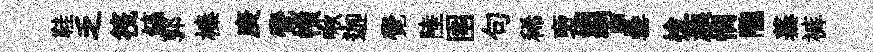
鞋乏筏鎬郭榛庚覺幘啾迦覺陸圉句稀褏姻習罍檜蔟憫隴蓁裤